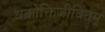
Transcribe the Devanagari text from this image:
वक्रोक्तिजीवितम्